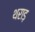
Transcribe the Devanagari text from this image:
थराड़